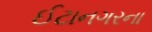
ઈટાનગરના